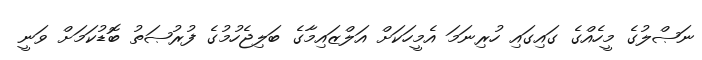
ނަޞްލުގެ މީހެއްގެ ގައިގައި ހުރިނަމަ އެމީހަކަށް އަލްޒައިމާގެ ބަލިޖެހުމުގެ ފުރުޞަތު ބޮޑުކަމަށް ވަނީ